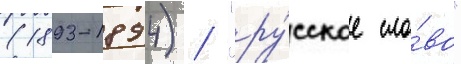
(1893-1894) / "ру́сское сло́во"